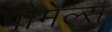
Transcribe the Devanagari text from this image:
पौमेल्स